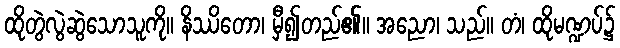
ထိုတွဲလွဲဆွဲသောသူကို။ နိဿိတော၊ မှီ၍တည်၏။ အညော၊ သည်။ တံ၊ ထိုမဏ္ဍပ်၌